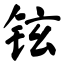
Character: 铉